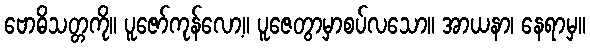
ဗောဓိသတ္တကို။ ပူဇော်ကုန်လော့။ ပူဇေတွာမှာစပ်လသော။ အာယနာ၊ နေရာမှ။